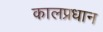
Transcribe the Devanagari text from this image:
कालप्रधान